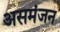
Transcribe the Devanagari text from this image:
असमंजन